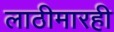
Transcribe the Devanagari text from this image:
लाठीमारही